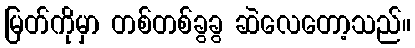
မြတ်ကိုမှာ တစ်တစ်ခွခွ ဆဲလေတော့သည်။